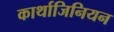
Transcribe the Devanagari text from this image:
कार्थाजिनियन